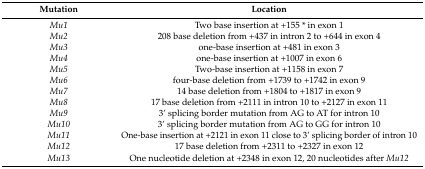
| Mutation | Location |
 | --- | --- |
 | Mu1 | Two base insertion at +155 * in exon 1 |
 | Mu2 | 208 base deletion from +437 in intron 2 to +644 in exon 4 |
 | Mu3 | one-base insertion at +481 in exon 3 |
 | Mu4 | one-base insertion at +1007 in exon 6 |
 | Mu5 | Two-base insertion at +1158 in exon 7 |
 | Mu6 | four-base deletion from +1739 to +1742 in exon 9 |
 | Mu7 | 14 base deletion from +1804 to +1817 in exon 9 |
 | Mu8 | 17 base deletion from +2111 in intron 10 to +2127 in exon 11 |
 | Mu9 | 3’ splicing border mutation from AG to AT for intron 10 |
 | Mu10 | 3’ splicing border mutation from AG to GG for intron 10 |
 | Mu11 | One-base insertion at +2121 in exon 11 close to 3’ splicing border of intron 10 |
 | Mu12 | 17 base deletion from +2311 to +2327 in exon 12 |
 | Mu13 | One nucleotide deletion at +2348 in exon 12, 20 nucleotides after Mu12 |